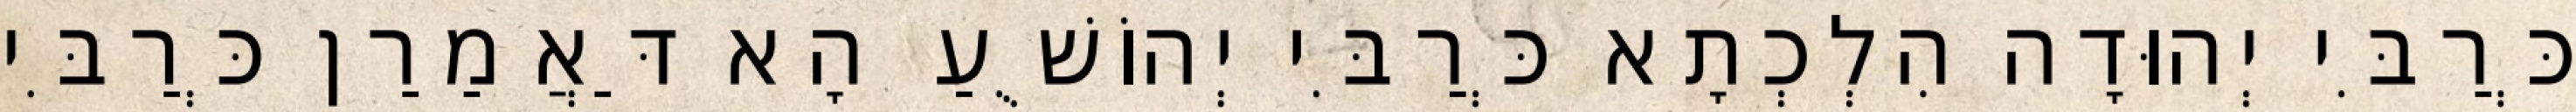
כְּרַבִּי יְהוּדָה הִלְכְתָא כְּרַבִּי יְהוֹשֻׁעַ הָא דַּאֲמַרַן כְּרַבִּי